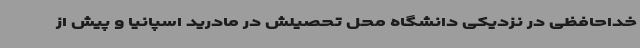
خداحافظی در نزدیکی دانشگاه محل تحصیلش در مادرید اسپانیا و پیش از